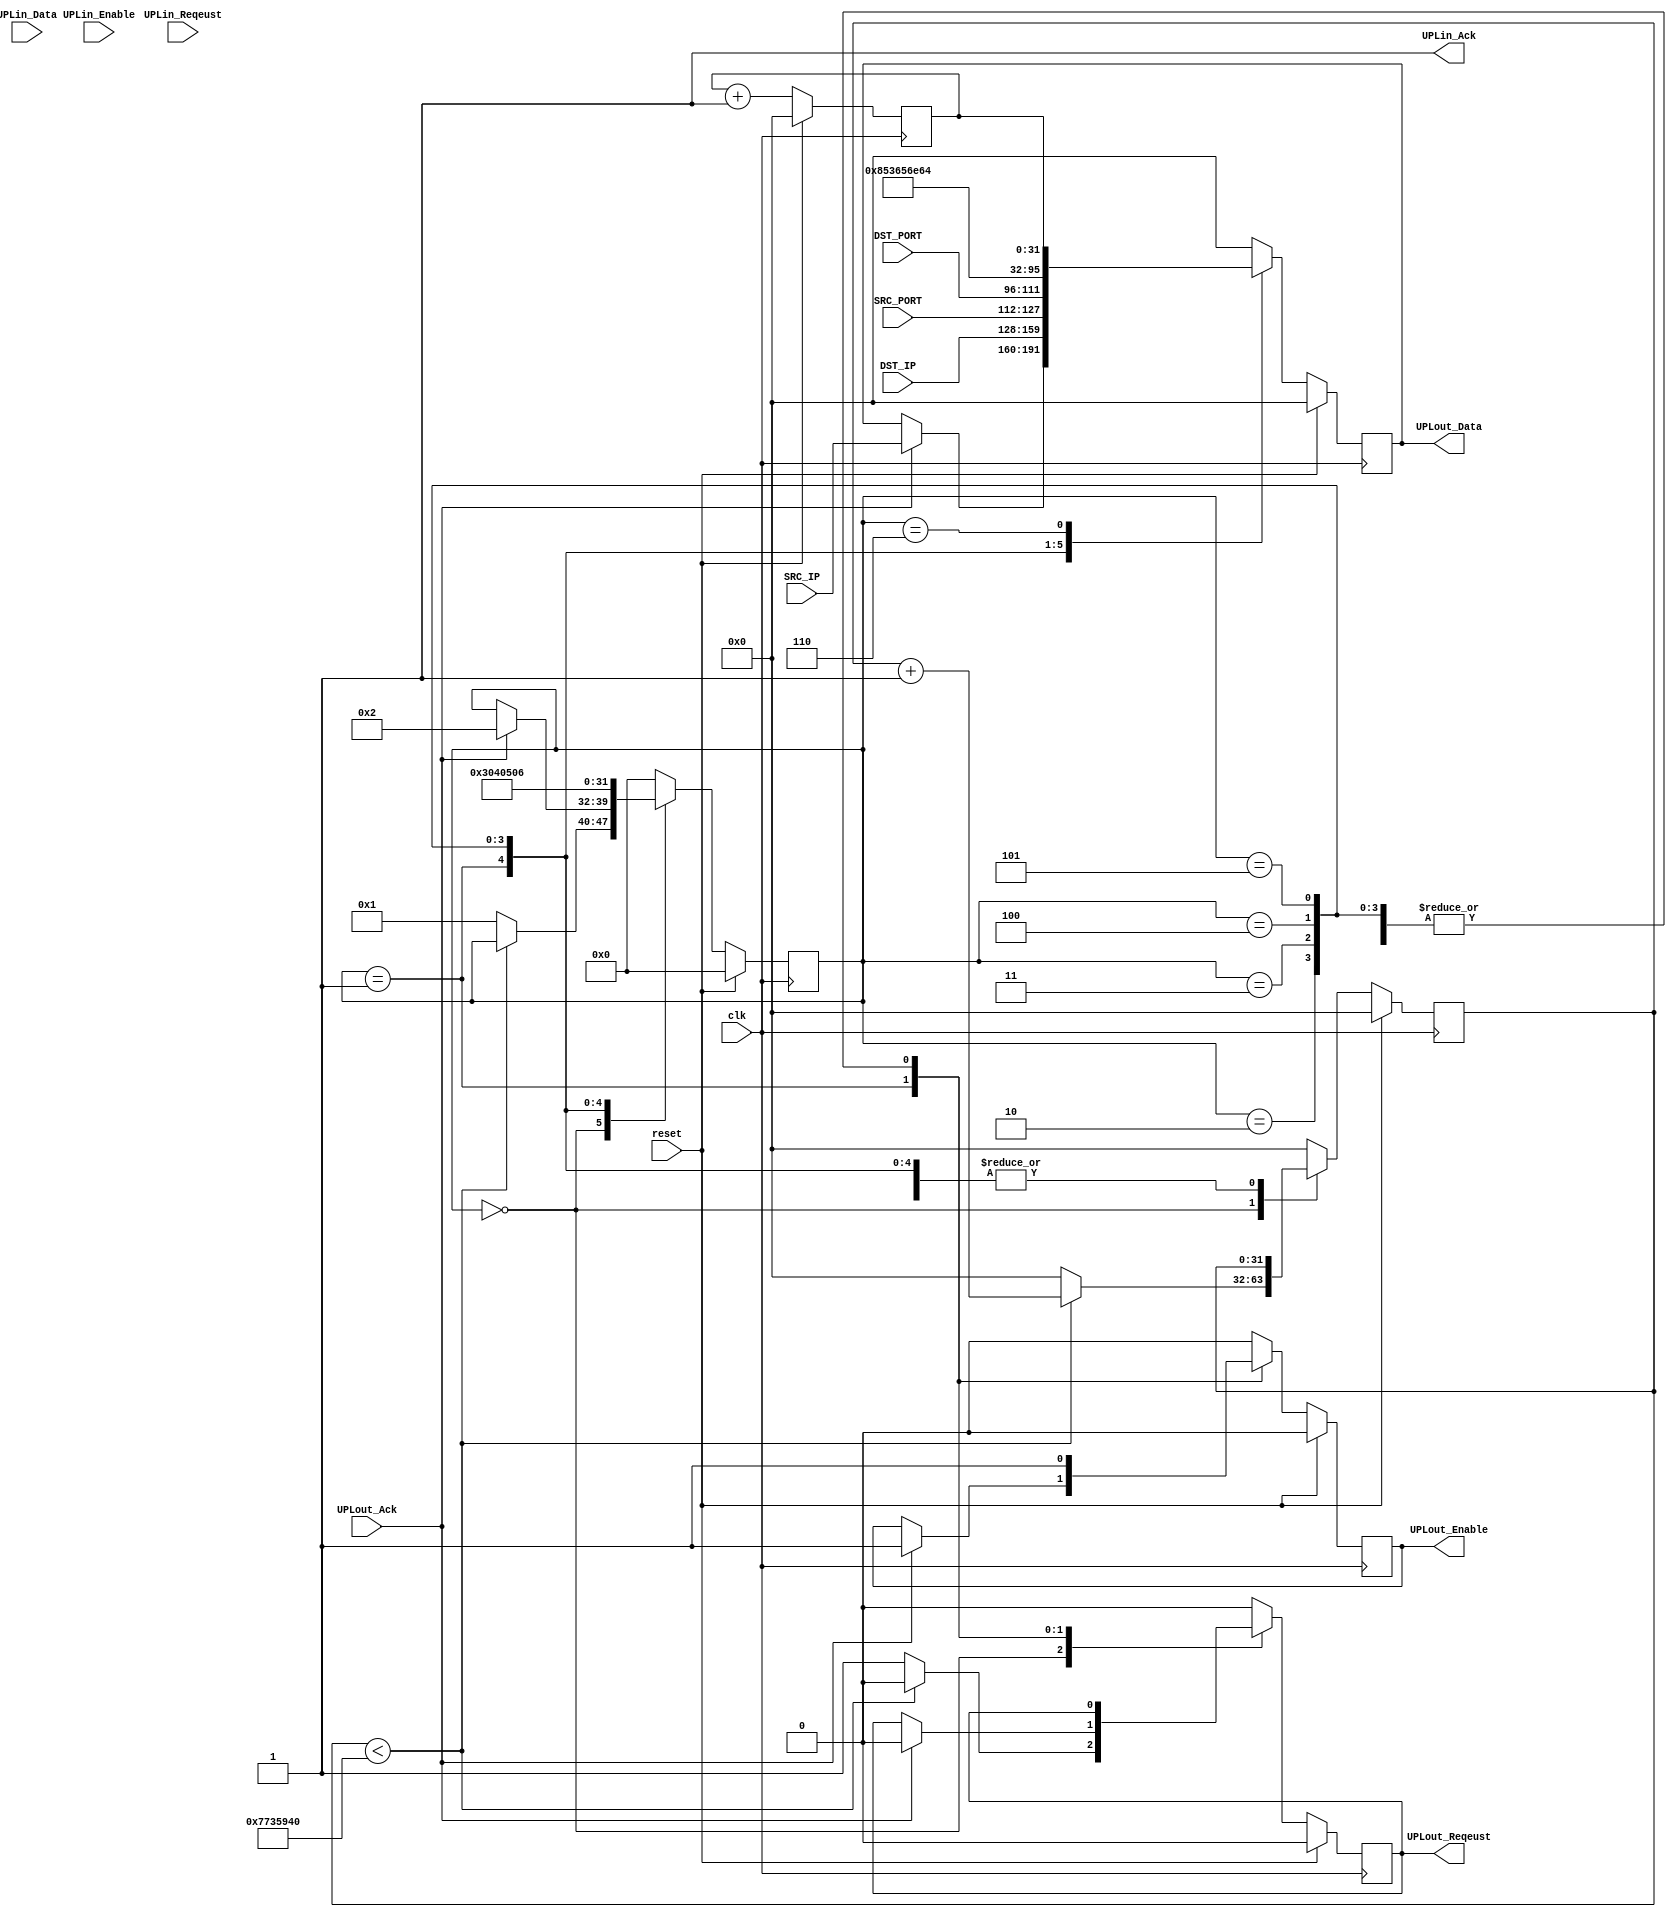
`default_nettype none

module simple_udpsend(
		      input wire clk,
		      input wire reset,

		      input wire UPLin_Reqeust,
		      output wire UPLin_Ack,
		      input wire UPLin_Enable,
		      input wire [31:0] UPLin_Data,

		      output reg UPLout_Reqeust,
		      input wire UPLout_Ack,
		      output reg UPLout_Enable,
		      output reg [31:0] UPLout_Data,

		      input wire [31:0] DST_IP,
		      input wire [31:0] SRC_IP,
		      input wire [15:0] SRC_PORT,
		      input wire [15:0] DST_PORT
		      );

    assign UPLin_Ack = 1'b1;

    reg [31:0] wait_counter = 0;
    reg [31:0] heartbeat_counter = 0;
    reg [7:0] state = 0;

    localparam STATE_IDLE = 8'd0;
    localparam STATE_SEND_SRC_IP = 8'd1;
    localparam STATE_SEND_DST_IP = 8'd2;
    localparam STATE_SEND_SRC_DST_PORT = 8'd3;
    localparam STATE_SEND_BYTES = 8'd4;
    localparam STATE_SEND_DATA1 = 8'd5;
    localparam STATE_SEND_DATA2 = 8'd6;

    always @(posedge clk) begin
	if(reset == 1) begin
	    UPLout_Reqeust <= 1'b0;
	    UPLout_Enable <= 1'b0;
	    UPLout_Data <= 32'h0;
	    wait_counter <= 32'd0;
	    state <= STATE_IDLE;
	    heartbeat_counter <= 0;
	end else begin
	    heartbeat_counter <= heartbeat_counter + 1;

	    case(state)

		STATE_IDLE: begin
		    if(wait_counter < 32'd125000000) begin
			wait_counter <= wait_counter + 1;
			UPLout_Reqeust <= 1'b0;
		    end else begin
			state <= STATE_SEND_SRC_IP;
			wait_counter <= 1'b0;
			UPLout_Reqeust <= 1'b1;
		    end
		    UPLout_Enable <= 1'b0;
		    UPLout_Data <= 32'h0;
		end

		STATE_SEND_SRC_IP : begin
		    if(UPLout_Ack == 1'b1) begin
			state <= STATE_SEND_DST_IP;
			UPLout_Reqeust <= 1'b0;
			UPLout_Enable <= 1'b1;
			UPLout_Data <= SRC_IP;
		    end
		end

		STATE_SEND_DST_IP: begin
		    state <= STATE_SEND_SRC_DST_PORT;
		    UPLout_Enable <= 1'b1;
		    UPLout_Data <= DST_IP;
		end
		
		STATE_SEND_SRC_DST_PORT: begin
		    state <= STATE_SEND_BYTES;
		    UPLout_Enable <= 1'b1;
		    UPLout_Data <= {SRC_PORT, DST_PORT};
		end

		STATE_SEND_BYTES: begin
		    state <= STATE_SEND_DATA1;
		    UPLout_Enable <= 1'b1;
		    UPLout_Data <= 32'd8; // 8 bytes
		end

		STATE_SEND_DATA1: begin
		    state <= STATE_SEND_DATA2;
		    UPLout_Enable <= 1'b1;
		    UPLout_Data <= 32'h53656e64; // (format "32'h%x%x%x%x" ?S ?e ?n ?d)
		end

		STATE_SEND_DATA2: begin
		    state <= STATE_IDLE;
		    UPLout_Enable <= 1'b1;
		    UPLout_Data <= heartbeat_counter;
		end

		default: begin
		    UPLout_Reqeust <= 1'b0;
		    UPLout_Enable <= 1'b0;
		    UPLout_Data <= 32'h0;
		    wait_counter <= 32'd0;
		    state <= STATE_IDLE;
		end

	    endcase // case (state)
	end // else: !if(reset == 1)
    end // always @ (posedge clk)

endmodule // simple_udpsend

`default_nettype wire